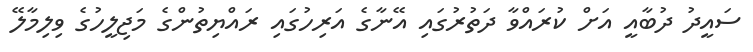
ސައީދު ދުބާއީ އަށް ކުރައްވާ ދަތުރުގައި އޭނާގެ އަރިހުގައި ރައްޔިތުންގެ މަޖިލީހުގެ ވިލިމާލޭ